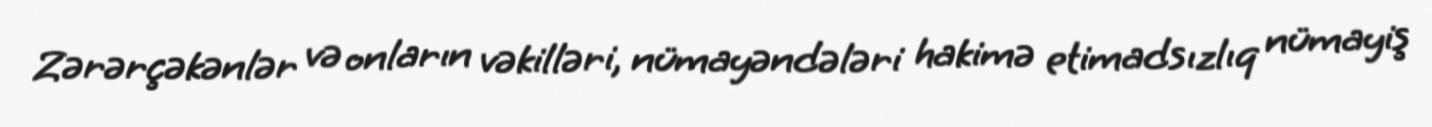
Zərərçəkənlər və onların vəkilləri, nümayəndələri hakimə etimadsızlıq nümayiş